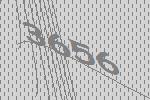
3656